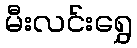
မီးလင်းရွှေ